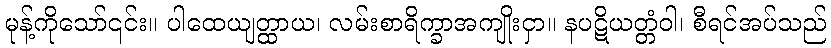
မုန့်ကိုသော်၎င်း။ ပါထေယျတ္ထာယ၊ လမ်းစာရိက္ခာအကျိုးငှာ။ နပဋိယတ္တံဝါ၊ စီရင်အပ်သည်